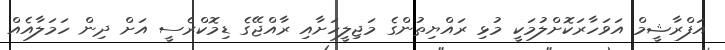
އަފްރާޝީމް އަވަހާރަކޮށްލުމަކީ މުޅި ރައްޔިތުންގެ މަޖިލީހަށާއި ރާއްޖޭގެ ޑިމޮކްރެސީ އަށް ދިން ހަމަލާއެއް